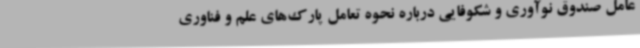
عامل صندوق نوآوری و شکوفایی درباره نحوه تعامل پارک‌های علم و فناوری